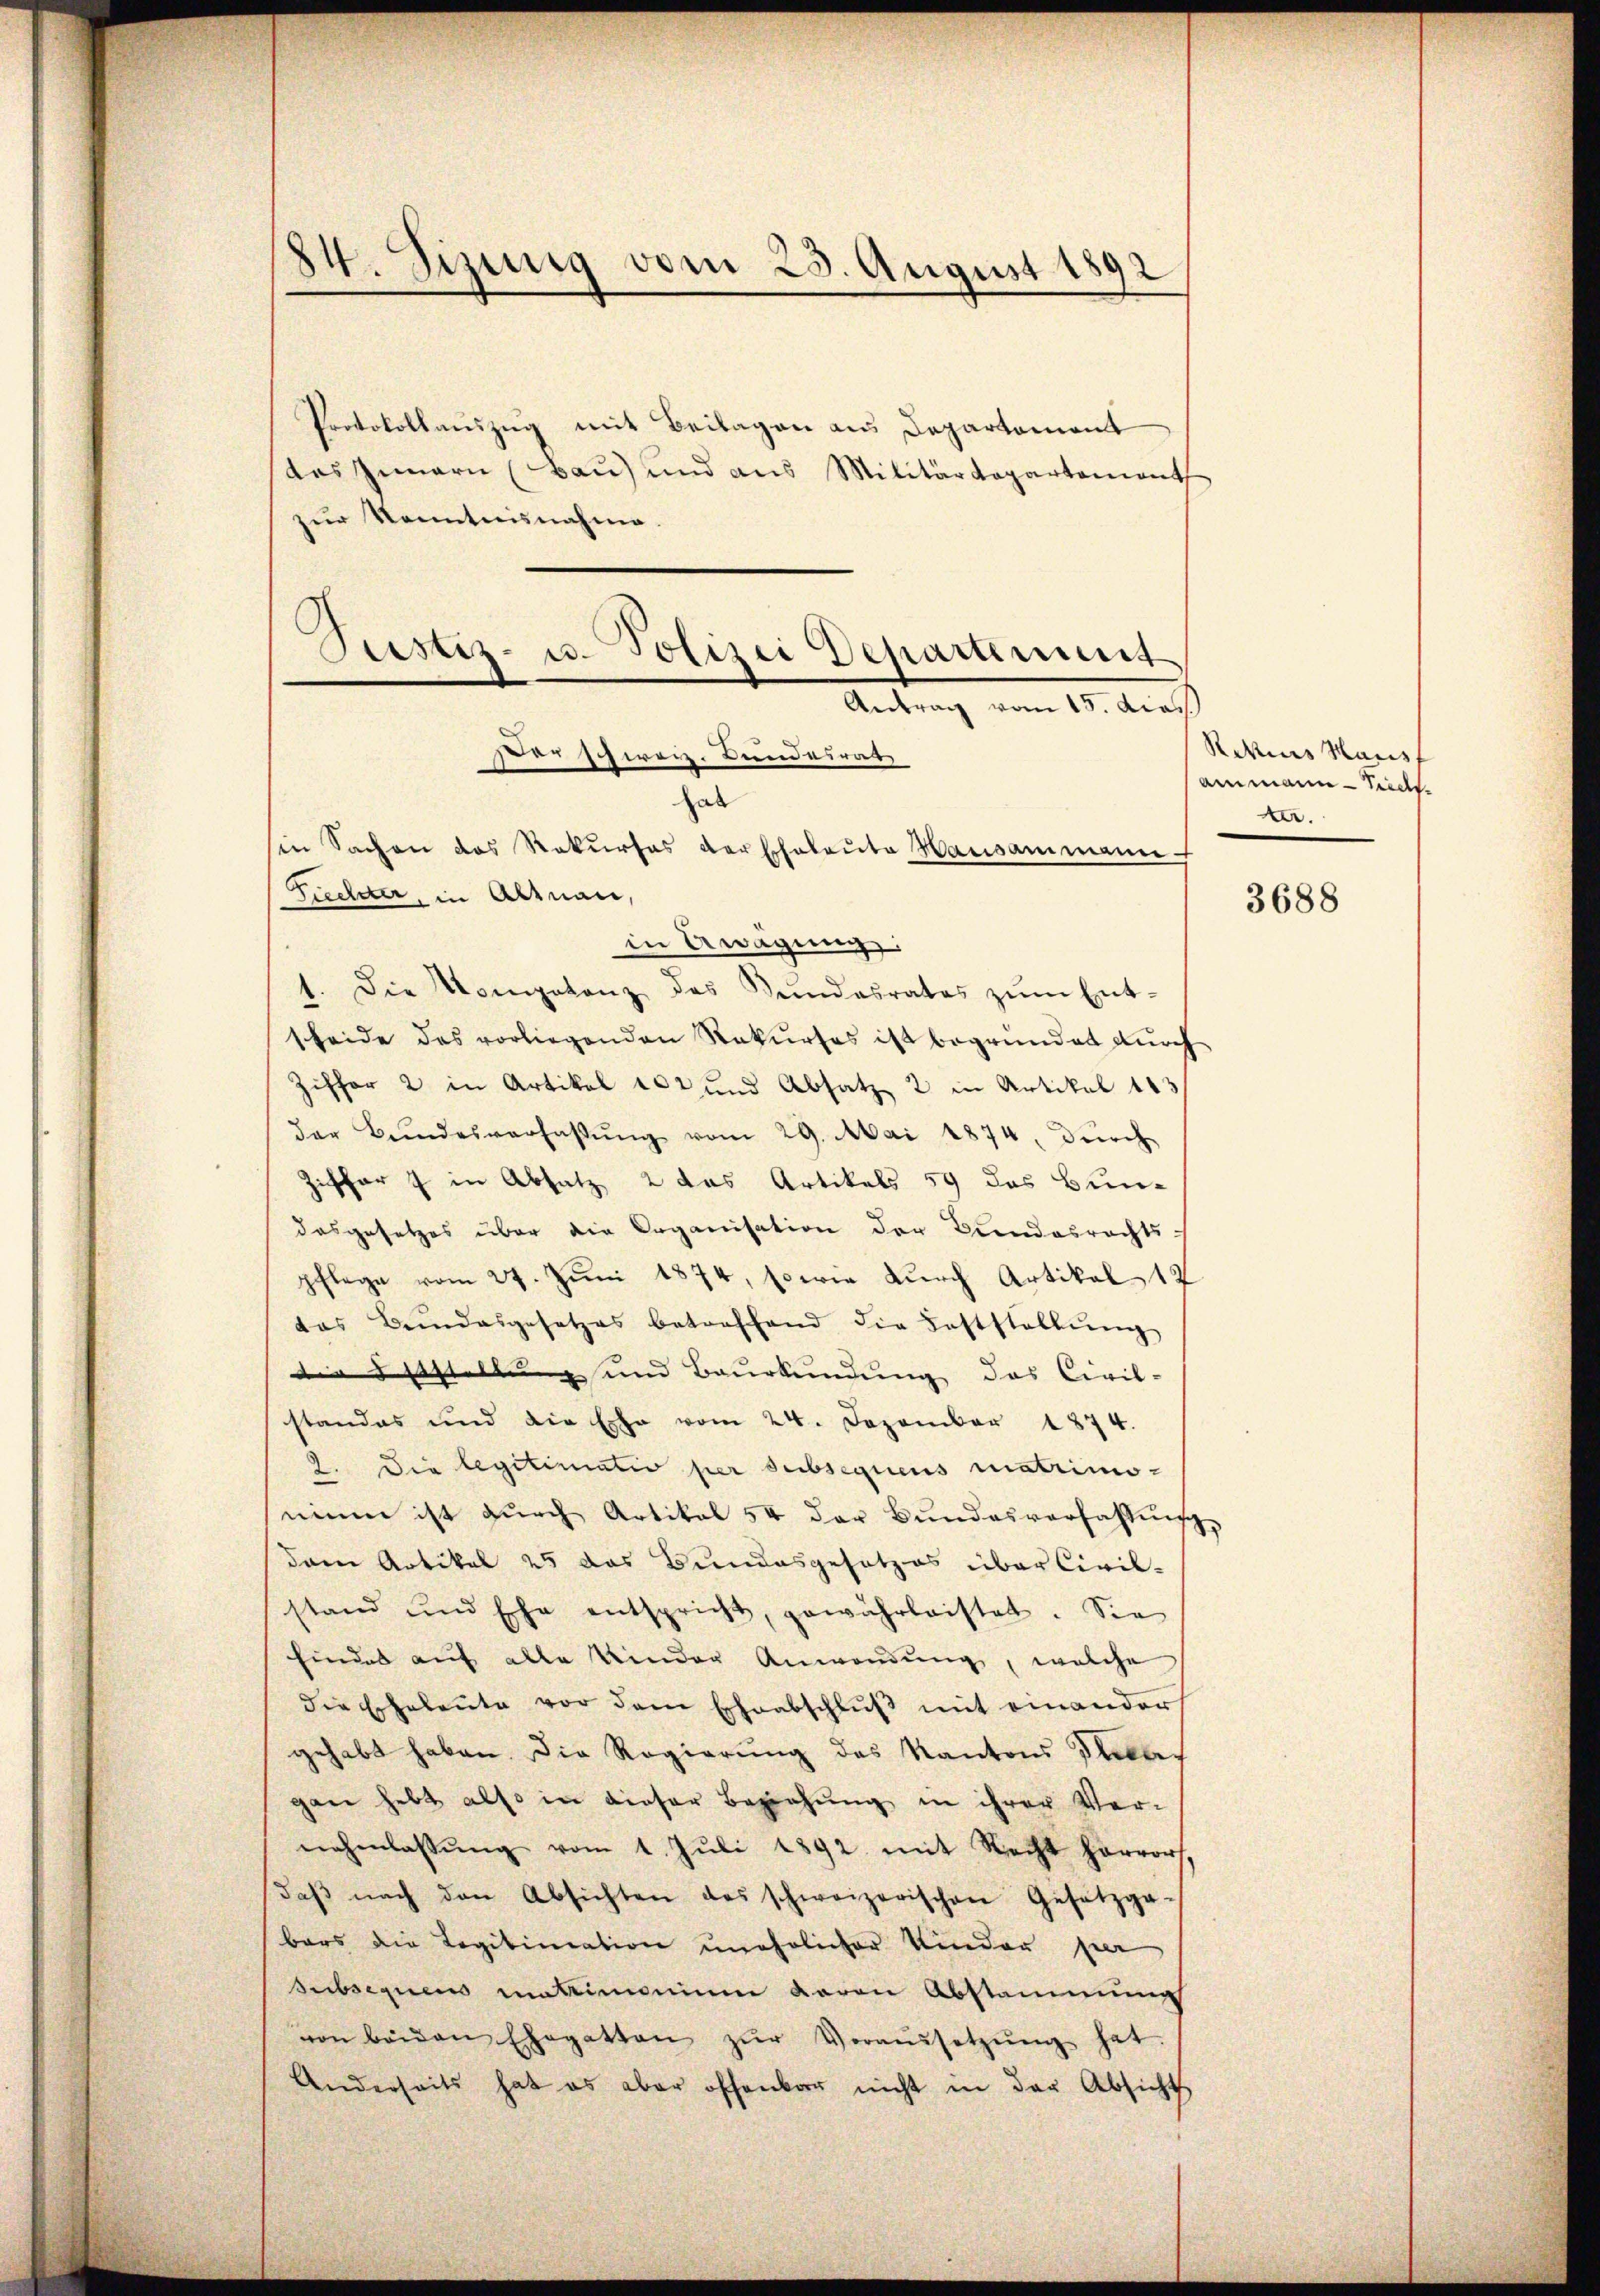
24. Sizung vom 25. August 1892

Protokollauszug mit Beilagen aus Departement
des Innern (Baŭ) und aus Militärdepartement
zur Kenntnisnahme.
in Aragung:
1. Die Kompetenz des Sŭndesrates zŭm Ent-
scheide des vorliegenden Rekurses ist begründet durch
Ziffer 2 in Artikel 102 und Absatz 2 in Artikel 183
der Bŭndesverfassŭng vom 29. Mai 1874, dŭrch
Ziffer  in Absatz 2 das Artikels 59 das Bun-
dasgesetzes über die Organisation der Bundesrechts-
pflege vom 27. Juni 1874, sowie durch Artikel 12
das Bundesgesetzes betreffend die Feststellŭng
die Bestellung und Baurkundung das Civil-
standes und die Ehe vom 24. Dezember 1874.
2. Die legitimatio per subsequens matrimonium ist durch Artikal 54 der Bundesverfassung
dern Artikel 25 das Bundesgesetzes über Civil-
stand und Ehe entspricht, gewährleistet. Sie
findet auf alle Kinder Anwendung, welche
die Erhebeŭte vor dem Eheabschlŭβ mit einander
gehabt haben. Die Regierung des Kantons Selbs
gan hebt also in dieser Beziehung in ihrer Ver-
nahenlassŭng vom 1. Jŭli 1892 mit Recht hervor,
daβ nach den Absichten des schweizerischen Gesetzga-
bars die Legitimation unehelicher Kinder par
subsequens matrimonium daran Abstammung
von beiden Ehegatten zŭr Voraussetzŭng hat.
Anderseits hat es aber offenbar nicht in der Absicht

Justiz- u. Polizei Departement
Antrag vom 15. dies
Der schweiz. Bundesrat
hab
in Sachen das Rekurses der Eheleute Hausammann f
Fichter, in Altnau,

Rekurs Hausf
Ammann - Siedl.
.

3688